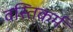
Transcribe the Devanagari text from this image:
वस्तिकर्म